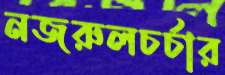
নজরুলচর্চার